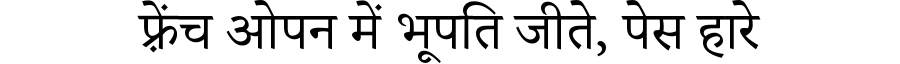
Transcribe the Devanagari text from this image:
फ़्रेंच ओपन में भूपति जीते, पेस हारे